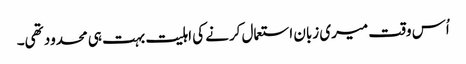
اُس وقت میری زبان استعمال کرنے کی اہلیت بہت ہی محدود تھی۔